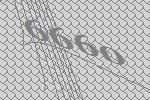
6660